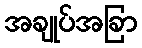
အချုပ်အခြာ